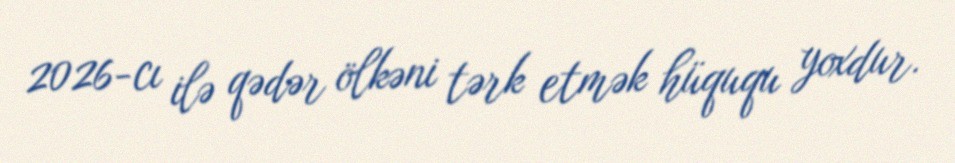
2026-cı ilə qədər ölkəni tərk etmək hüququ yoxdur.